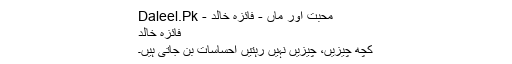
محبت اور ماں - فائزہ خالد - Daleel.Pk
فائزہ خالد
کچھ چیزیں، چیزیں نہیں رہتیں احساسات بن جاتی ہیں۔